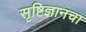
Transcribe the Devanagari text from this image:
सृष्टिज्ञानचा